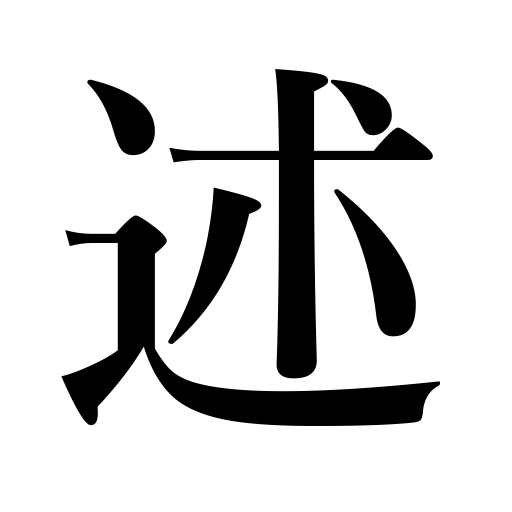
Meanings: recite,mention,state,speak,relate